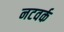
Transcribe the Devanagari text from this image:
नटवर्क